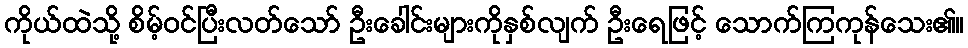
ကိုယ်ထဲသို့ စိမ့်ဝင်ပြီးလတ်သော် ဦးခေါင်းများကိုနှစ်လျက် ဦးရေဖြင့် သောက်ကြကုန်သေး၏။